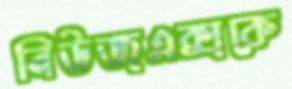
নিউজএক্সকে